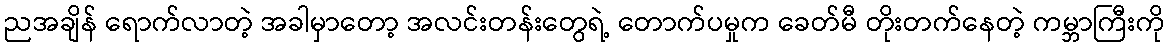
ညအချိန် ရောက်လာတဲ့ အခါမှာတော့ အလင်းတန်းတွေရဲ့ တောက်ပမှုက ခေတ်မီ တိုးတက်နေတဲ့ ကမ္ဘာကြီးကို